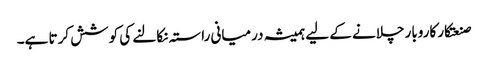
صنعتکار کاروبار چلانے کے لیے ہمیشہ درمیانی راستہ نکالنے کی کوشش کرتا ہے۔